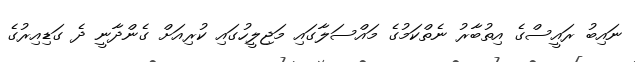
ނައިބު ރައީސްގެ އިތުބާރު ނެތްކަމުގެ މައްސަލާގައި މަޖިލީހުގައި ކުރިއަށް ގެންދާނީ ދެ ގަޑިއިރުގެ